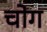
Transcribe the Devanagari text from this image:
चोग